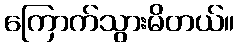
ကြောက်သွားမိတယ်။